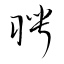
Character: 聘